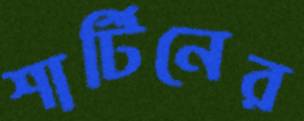
শার্টিনের